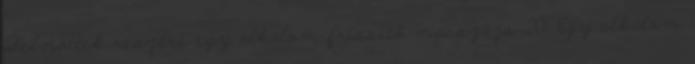
Felnőttek részére egy alkalom frissítő masszázs 20’ Egy alkalom